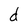
Character: d